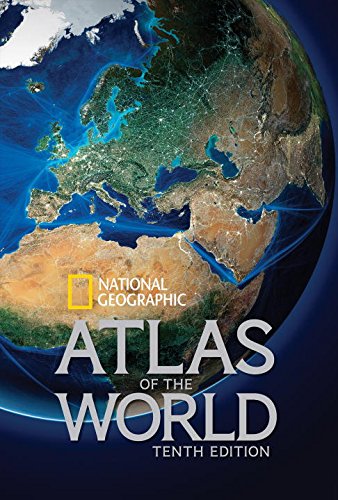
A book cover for National Geographic Atlas of the World, Tenth Edition; National Geographic; Reference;